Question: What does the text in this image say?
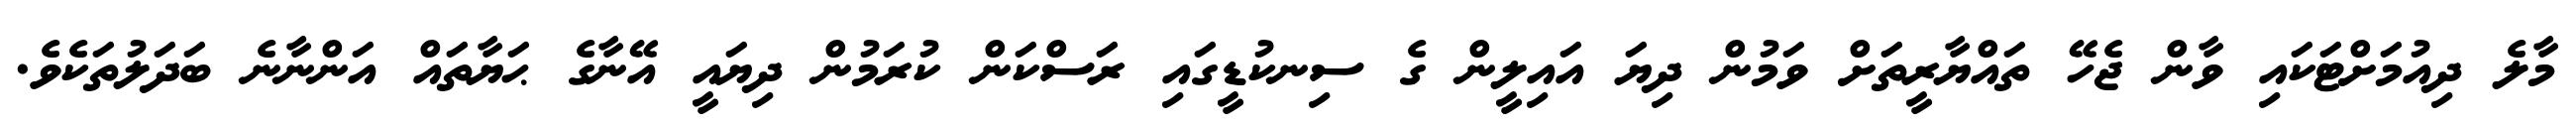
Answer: މާލެ ދިއުމަށްޓަކައި ވާން ޖެހޭ ތައްޔާރީތަށް ވަމުން ދިޔަ އައިލީން ގެ ސިނކުޑީގައި ރަސްކަން ކުރަމުން ދިޔައީ އޭނާގެ ޙަޔާތައް އަންނާނެ ބަދަލުތަކެވެ.